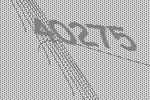
40275